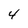
Character: 4